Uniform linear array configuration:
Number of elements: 24
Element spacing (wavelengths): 0.5
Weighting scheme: exponential
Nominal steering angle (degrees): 45
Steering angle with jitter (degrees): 44.644
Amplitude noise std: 0.05
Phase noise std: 0.05

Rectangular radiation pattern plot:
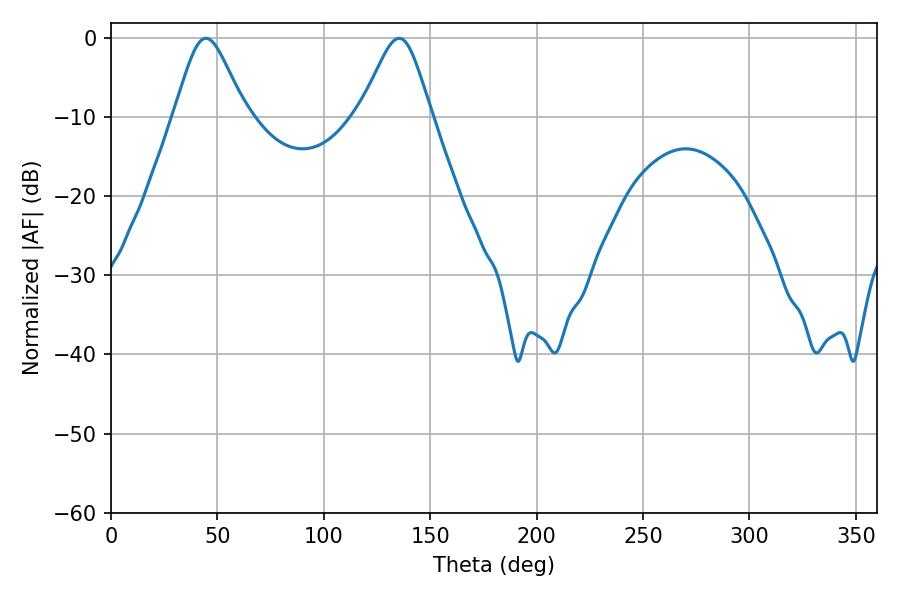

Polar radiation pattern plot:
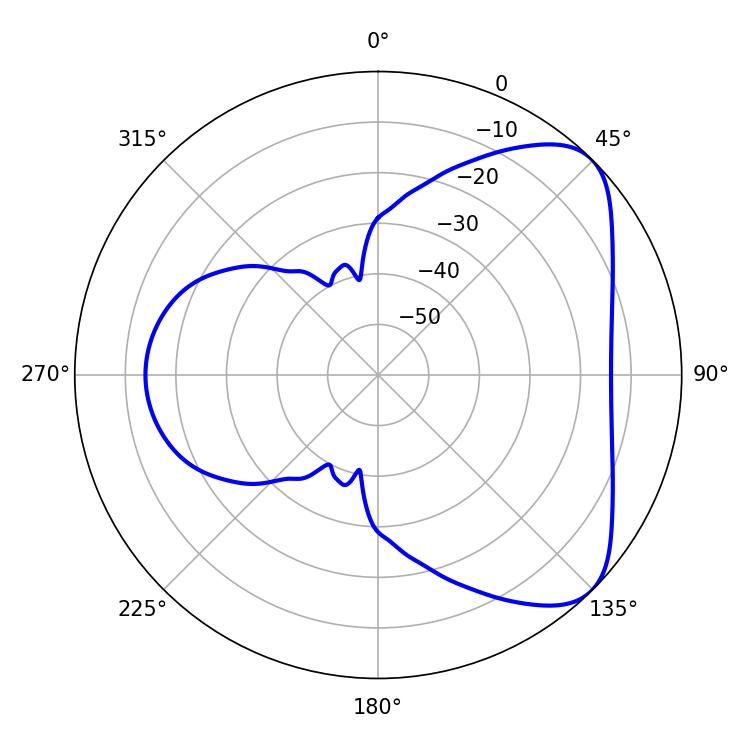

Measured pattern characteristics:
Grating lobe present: FALSE
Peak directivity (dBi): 6.092
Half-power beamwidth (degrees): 16.56
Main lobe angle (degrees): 44.64